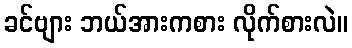
ခင်ဗျား ဘယ်အားကစား လိုက်စားလဲ။